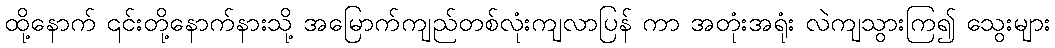
ထို့နောက် ၎င်းတို့နောက်နားသို့ အမြောက်ကျည်တစ်လုံးကျလာပြန် ကာ အတုံးအရုံး လဲကျသွားကြ၍ သွေးများ